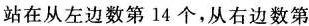
站在从左边数第14个，从右边数第